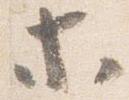
等